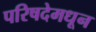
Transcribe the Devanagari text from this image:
परिषदेमधून